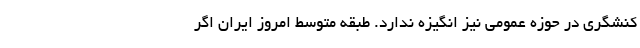
کنشگری در حوزه عمومی نیز انگیزه ندارد. طبقه متوسط امروز ایران اگر